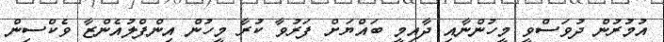
އުމުރުން ދުވަސްވީ މީހުންނާއި ދާއިމީ ބައްޔަށް ފަރުވާ ކުރާ މީހުން އިންފްލުއެންޒާ ވެކްސިން